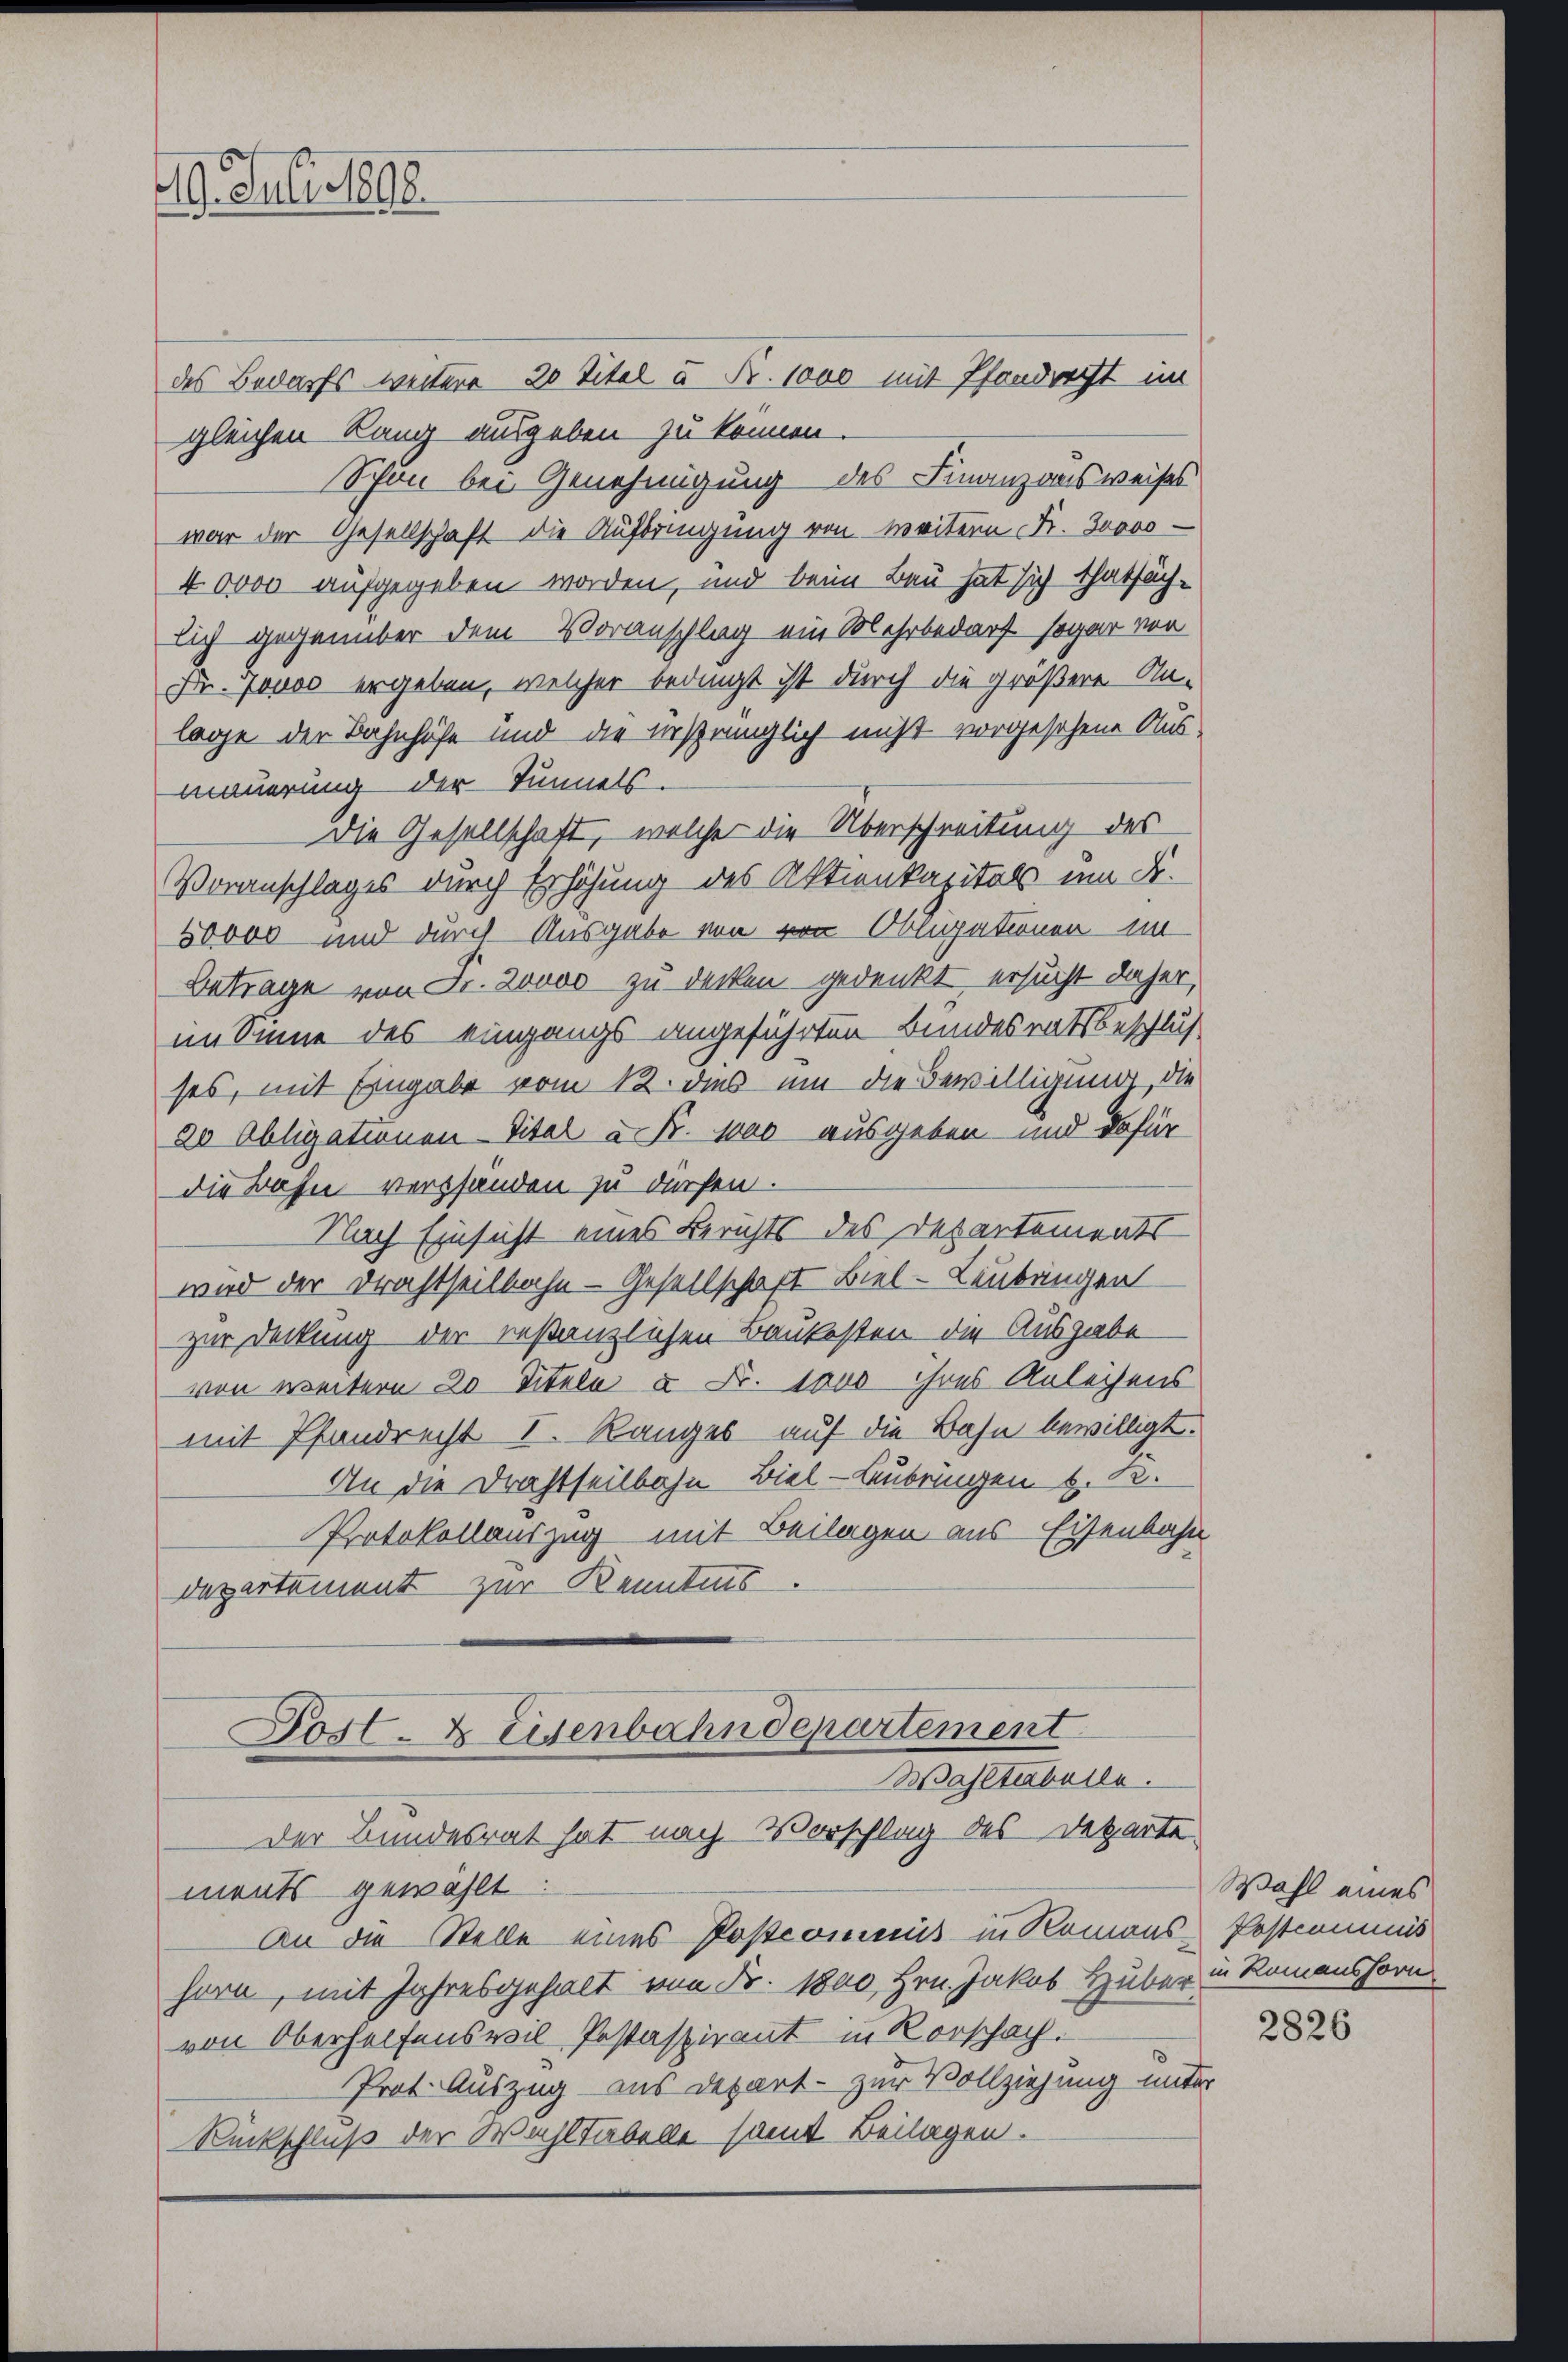
29. Juli 1890.

des Bedarfs weitere 20 Titel u. Fr. 1000 mit Pfandrecht im
gleichen Rang ausgeben zu können.
Schon bei Genehmigung des Finanzausweises
war der Gesellschaft die Aufbringung von weitern Fr. Jovos-
40000 aufgegeben worden, und beim Bau hat sich thatsäch-
lich gegenüber dem Voranschlag ein Solehrbedarf sogar von
Dr. Jonas ergeben, welcher bedingt ist durch die größere An-
lage der Bahnhöfe und die ursprünglich nicht vorgesehene Aus-
mauerung der Tunnels.
Die Gesellschaft, welche die Überschreitung des
Voranschlages durch Erhöhung des Aktienkapitals um K.
50000 und durch Ausgabe von von Obligationen in
Betrage von Fr. Zoooo zu decken gedenkt ersucht daher,
im Sinne des eingangs angeführten Bundesratsbeschluß
ses, mit Eingabe vom 12. dies um die Bewilligung, die
20 Obligationen Vital à Fr. 1000 ausgeben und dafür
die Bahn verpfanden zu dürfen.
Nach Einsicht eines Berichts des Departements
wird der Frachtheilbahn - Gesellschaft Biel - Laubringen
zur Deckung der restanzlichen Baukosten die Ausgabe
von weitere 20 Titela u Fr. 1000 ihres Anleihens
mit Pfandrecht I. Ranges auf die Bahn bewilligt.
An die Drahtseitbahn Biel - Aubringen d. R.
Protokollauszug mit Beilagen aus Eisenbahn
departement zur Kenntnis.

Post- & Eisenbahndepartement
Wahltenballe.
Der Bundesrat hat nach Vorschlag des Departe.
ments gewählt

An die Stelle eines Postcommis in Romans Postcommus
horn, mit Jahresgehalt von Fr. 1800, Hrn. Jakob Huber,
von Oberhelfenseil Pestaspirant in Vorschach.
Prot. Auszug aus Depart - zur Vollziehung unter
Rückschluß der Wachstabelle samt Beilagen.

Wahl eines
in Romanshorn

2826